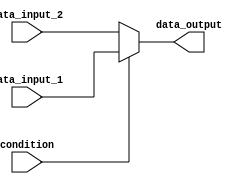
module conditional_assign (
  input wire condition,
  input wire data_input_1,
  input wire data_input_2,
  output reg data_output
);

always @* begin
  if (condition) begin
    data_output = data_input_1;
  end else begin
    data_output = data_input_2;
  end
end

endmodule